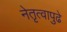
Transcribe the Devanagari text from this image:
नेतृत्वापुढे